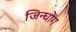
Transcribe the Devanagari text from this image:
जिन्घोंग